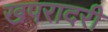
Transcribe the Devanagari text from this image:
खपरादरी